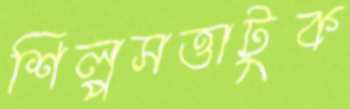
শিল্পসত্তাটুক